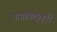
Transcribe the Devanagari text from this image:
गया।कंदुकुरी